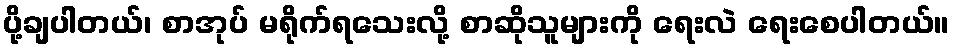
ပို့ချပါတယ်၊ စာအုပ် မရိုက်ရသေးလို့ စာဆိုသူများကို ရေးလဲ ရေးစေပါတယ်။